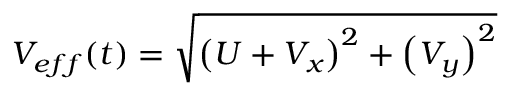
V _ { e f f } ( t ) = \sqrt { \left( U + V _ { x } \right) ^ { 2 } + \left( V _ { y } \right) ^ { 2 } }